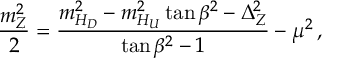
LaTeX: \frac { m _ { Z } ^ { 2 } } { 2 } = \frac { m _ { H _ { D } } ^ { 2 } - m _ { H _ { U } } ^ { 2 } \tan \beta ^ { 2 } - \Delta _ { Z } ^ { 2 } } { \tan \beta ^ { 2 } - 1 } - \mu ^ { 2 } \, ,